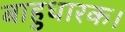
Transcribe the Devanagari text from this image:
बाहुधारक।